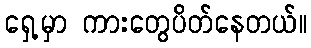
ရှေ့မှာ ကားတွေပိတ်နေတယ်။